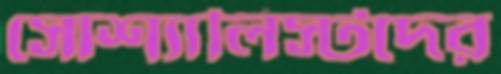
সোশ্যালিস্টদের